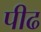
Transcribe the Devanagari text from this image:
पीढ